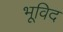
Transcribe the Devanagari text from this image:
भूविद